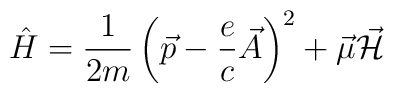
\hat{H} = {1\over 2m}\left(\vec{p}-{e\over c}\vec{A}\right)^2 + \vec{\mu} \vec{\cal H}